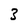
Character: 3